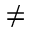
\neq